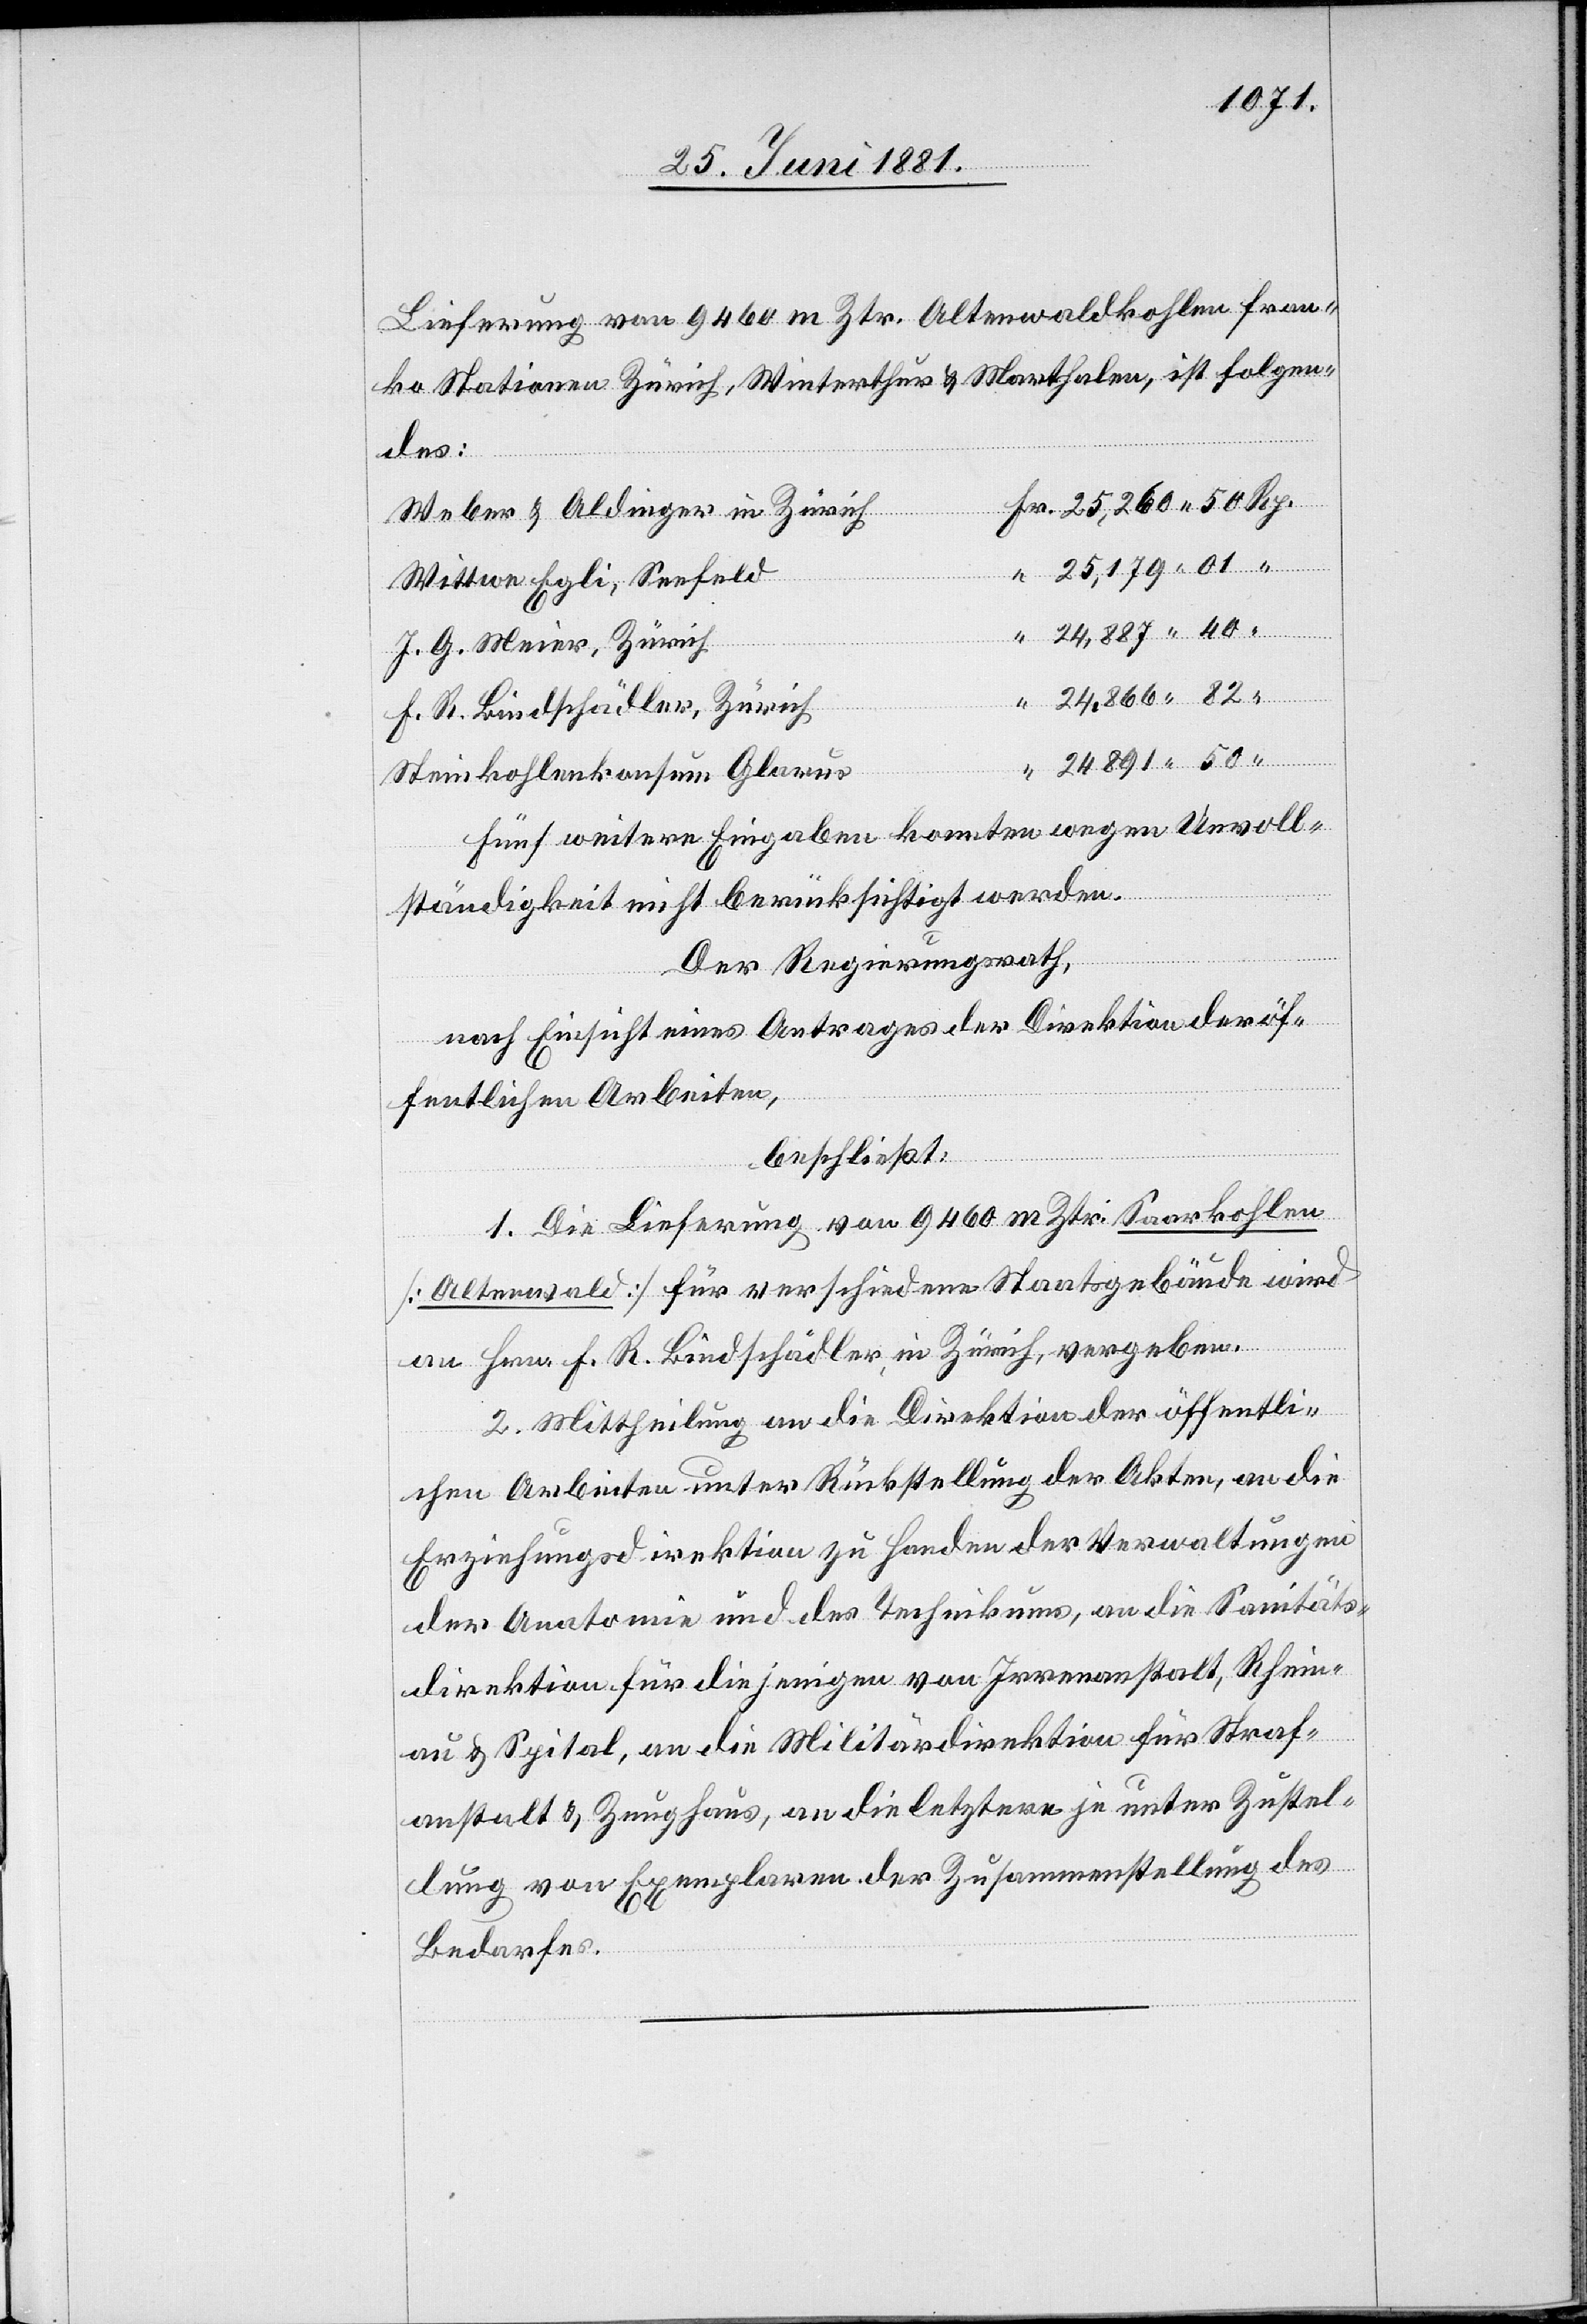
Lieferung von 9460 m Ztr. Altenwaldkohlen Fran¬
ko Stationen Zürich, Winterthur & Marthalen, ist folgen¬
des:
Weber & Aldinger in Zürich
Wittwe Egli, Seefeld
J. G. Meier, Zürich
F. R. Bindschädler, Zürich
Steinkohlenkonsum Glarus
Fünf weitere Eingaben konnten wegen Unvoll¬
ständigkeit nicht berücksichtigt werden.
Der Regierungsrath,
nach Einsicht eines Antrages der Direktion der öf¬
fentlichen Arbeiten,
beschließt:
1. Die Lieferung von 9460 m Ztr. Saarkohlen
[Altenwald] für verschiedene Staatsgebäude wird
an Hrn. F. R. Bindschädler, in Zürich, vergeben.
2. Mittheilung an die Direktion der öffentli¬
chen Arbeiten unter Rückstellung der Akten, an die
Erziehungsdirektion zu Handen der Verwaltungen
der Anatomie und des Technikums, an die Sanitäts¬
direktion für diejenigen von Irrenanstalt, Rhein¬
au & Spital, an die Militärdirektion für Straf¬
anstalt & Zeughaus, an die letztere je unter Zustel¬
lung von Exemplaren der Zusammenstellung des
Bedarfes.